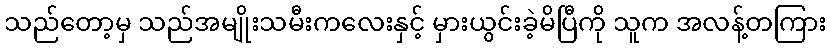
သည်တော့မှ သည်အမျိုးသမီးကလေးနှင့် မှားယွင်းခဲ့မိပြီကို သူက အလန့်တကြား